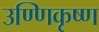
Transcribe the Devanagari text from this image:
उण्णिकृष्ण